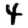
Digit: 4